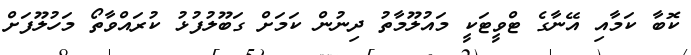
ކޮބާ ކަމާއި އޭނާގެ ޓްވީޓަކީ މައުލޫމާތު ދިނުން ކަމަށް ގަބޫލުފުޅު ކުރައްވާތޯ މަހުލޫފަށް